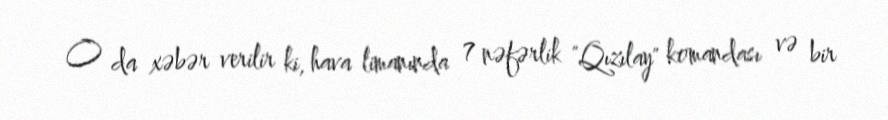
O da xəbər verilir ki, hava limanında 7 nəfərlik "Qızılay" komandası və bir